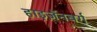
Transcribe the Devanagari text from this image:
हाइज़ॅनबर्ग